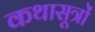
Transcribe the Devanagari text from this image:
कथासूत्रों